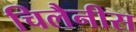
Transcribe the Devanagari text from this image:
चिलैनीस